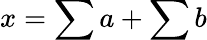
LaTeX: x=\sum a+\sum b